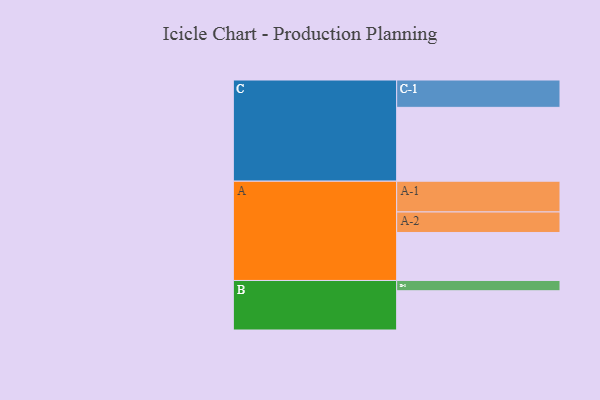
{"axis": {"x": "Segment", "y": "Value"}, "legend": ["", "A", "B", "C"], "data": [{"x": "A", "y": 379, "type": ""}, {"x": "B", "y": 310, "type": ""}, {"x": "C", "y": 583, "type": ""}, {"x": "A-1", "y": 243, "type": "A"}, {"x": "A-2", "y": 162, "type": "A"}, {"x": "B-1", "y": 81, "type": "B"}, {"x": "C-1", "y": 216, "type": "C"}]}